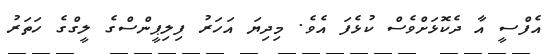
އެފްސީ އާ ދެކޮޅަށްވެސް ކުޅެފަ އެވެ. މިދިޔަ އަހަރު ފިލިޕީންސްގެ ލީގްގެ ހަތަރު